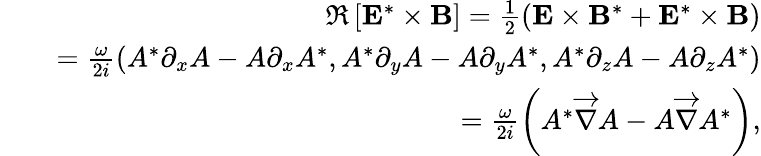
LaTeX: \begin{array}{rlr}&{}&{\Re\left[{\mathbf E}^{*}\times{\mathbf B}\right]=\frac{1}{2}\left({\mathbf E}\times{\mathbf B}^{*}+{\mathbf E}^{*}\times{\mathbf B}\right)}\\ &{}&{=\frac{\omega}{2i}\left(A^{*}\partial_{x}A-A\partial_{x}A^{*},A^{*}\partial_{y}A-A\partial_{y}A^{*},A^{*}\partial_{z}A-A\partial_{z}A^{*}\right)}\\ &{}&{=\frac{\omega}{2i}\left(A^{*}\overrightarrow{\nabla}A-A\overrightarrow{\nabla}A^{*}\right),}\end{array}